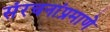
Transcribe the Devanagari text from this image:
संरचनांप्रमाणे